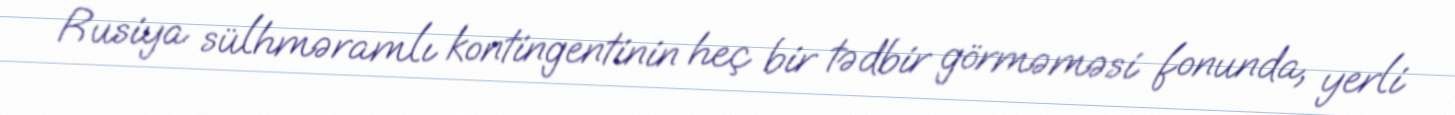
Rusiya sülhməramlı kontingentinin heç bir tədbir görməməsi fonunda, yerli